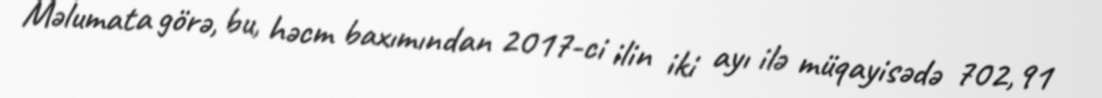
Məlumata görə, bu, həcm baxımından 2017-ci ilin iki ayı ilə müqayisədə 702,91